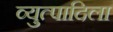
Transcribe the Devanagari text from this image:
व्युत्पादिला